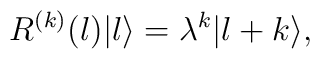
R^{(k)}(l)|l\rangle=\lambda^{k}|l+k\rangle,